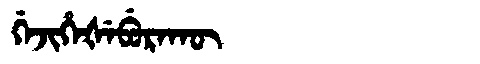
Manchu: ᡤᡝᠵᡳᡥᡝᡧᡝᠪᡠᡵᠠᡴᡡ
Romanization: GEJIHEŠEBURAKŪ